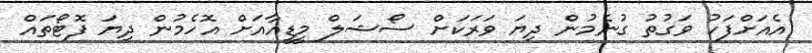
އެއަށްފަހު ވަގުތު ގުނެމުން ދިޔަ ވަރަކަށް ސޯޝަލް މީޑީއާއަށް އޮހެމުން ދިޔަ ފޮޓޯތައް